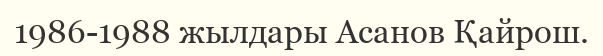
1986-1988 жылдары Асанов Қайрош.